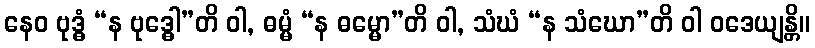
နေဝ ဗုဒ္ဓံ “န ဗုဒ္ဓေါ”တိ ဝါ, ဓမ္မံ “န ဓမ္မော”တိ ဝါ, သံဃံ “န သံဃော”တိ ဝါ ဝဒေယျန္တိ။